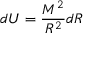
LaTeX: d U = { \frac { M ^ { 2 } } { R ^ { 2 } } } d R